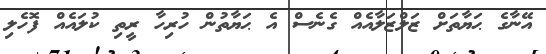
އޭނާގެ ޙަޔާތަށް ޒަލްޒަލާއެއް ގެނެސް އެ ޙަޔާތުން ހުރިހާ ރީތި ކުލައެއް ފޮހެލި